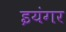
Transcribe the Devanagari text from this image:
इयंगर